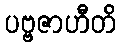
ပဗ္ဗဇာဟီတိ